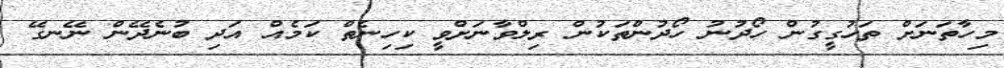
މިހާތަނަށް ތަހުގީގުން ހޯދުނު ހޯދުންތަކުން ރިލްވާނަށްވީ ކިހިނެތް ކަމެއް އަދި ބުނެދޭން ނޭނގޭ